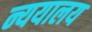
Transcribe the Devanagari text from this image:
न्ययालय